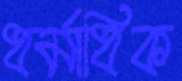
ধর্মাধিক